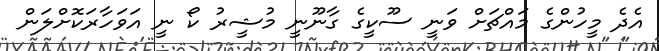
އެދެ މީހުންގެ މައްޗަށް ވަނީ ސޫކީގެ ގާނޫނީ މުޝީރު ކޯ ނީ އަވަހާރަކޮށްލަން